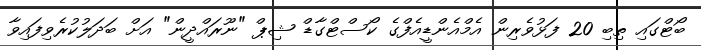
ބޯޓްގައި ތިބި 20 ފަޅުވެރިން އެމްއެންޑީއެފްގެ ކޯސްޓްގާޑް ޝިޕް "ނޫރައްދީން" އަށް ބަދަލުކުރެވިފައިވާ